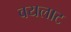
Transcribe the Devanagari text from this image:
वयलाट